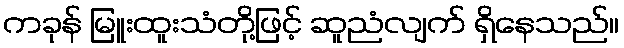
ကခုန် မြူးထူးသံတို့ဖြင့် ဆူညံလျက် ရှိနေသည်။